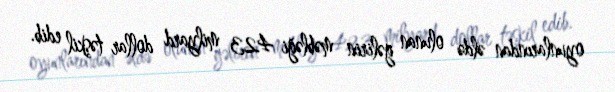
oyunlarından əldə olunan gəlirin məbləği 423 milyard dollar təşkil edib.